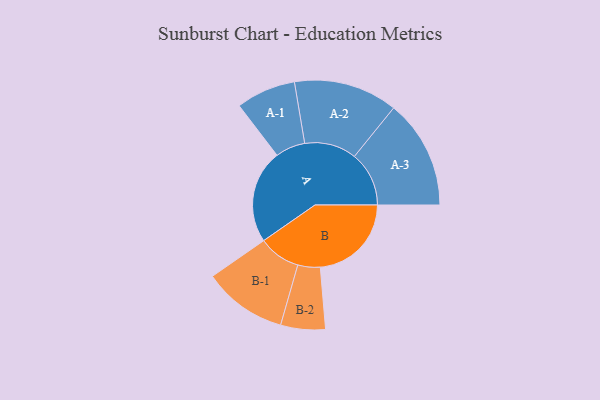
{"axis": {"x": "Segment", "y": "Value"}, "legend": ["", "A", "B"], "data": [{"x": "A", "y": 461, "type": ""}, {"x": "B", "y": 449, "type": ""}, {"x": "A-1", "y": 147, "type": "A"}, {"x": "A-2", "y": 256, "type": "A"}, {"x": "A-3", "y": 269, "type": "A"}, {"x": "B-1", "y": 207, "type": "B"}, {"x": "B-2", "y": 110, "type": "B"}]}